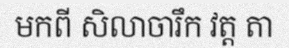
មកពី សិលាចារឹក វត្ត តា